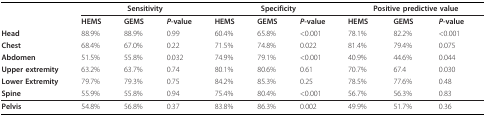
<table><thead><tr><td></td><td colspan="3"><b>Sensitivity</b></td><td colspan="3"><b>Specificity</b></td><td colspan="3"><b>Positive predictive value</b></td></tr><tr><td></td><td><b>HEMS</b></td><td><b>GEMS</b></td><td><b><i>P</i>-value</b></td><td><b>HEMS</b></td><td><b>GEMS</b></td><td><b><i>P</i>-value</b></td><td><b>HEMS</b></td><td><b>GEMS</b></td><td><b><i>P</i>-value</b></td></tr><tr><td><b>Head</b></td><td><b>88.9%</b></td><td><b>88.9%</b></td><td><b>0.99</b></td><td><b>60.4%</b></td><td><b>65.8%</b></td><td><b>&lt;0.001</b></td><td><b>78.1%</b></td><td><b>82.2%</b></td><td><b>&lt;0.001</b></td></tr><tr><td><b>Chest</b></td><td><b>68.4%</b></td><td><b>67.0%</b></td><td><b>0.22</b></td><td><b>71.5%</b></td><td><b>74.8%</b></td><td><b>0.022</b></td><td><b>81.4%</b></td><td><b>79.4%</b></td><td><b>0.075</b></td></tr><tr><td><b>Abdomen</b></td><td><b>51.5%</b></td><td><b>55.8%</b></td><td><b>0.032</b></td><td><b>74.9%</b></td><td><b>79.1%</b></td><td><b>&lt;0.001</b></td><td><b>40.9%</b></td><td><b>44.6%</b></td><td><b>0.044</b></td></tr><tr><td><b>Upper extremity</b></td><td><b>63.2%</b></td><td><b>63.7%</b></td><td><b>0.74</b></td><td><b>80.1%</b></td><td><b>80.6%</b></td><td><b>0.61</b></td><td><b>70.7%</b></td><td><b>67.4</b></td><td><b>0.030</b></td></tr><tr><td><b>Lower Extremity</b></td><td><b>79.7%</b></td><td><b>79.3%</b></td><td><b>0.75</b></td><td><b>84.2%</b></td><td><b>85.3%</b></td><td><b>0.25</b></td><td><b>78.5%</b></td><td><b>77.6%</b></td><td><b>0.48</b></td></tr><tr><td><b>Spine</b></td><td><b>55.9%</b></td><td><b>55.8%</b></td><td><b>0.94</b></td><td><b>75.4%</b></td><td><b>80.4%</b></td><td><b>&lt;0.001</b></td><td><b>56.7%</b></td><td><b>56.3%</b></td><td><b>0.83</b></td></tr></thead><tbody><tr><td><b>Pelvis</b></td><td>54.8%</td><td>56.8%</td><td>0.37</td><td>83.8%</td><td>86.3%</td><td>0.002</td><td>49.9%</td><td>51.7%</td><td>0.36</td></tr></tbody></table>